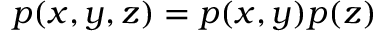
p ( x , y , z ) = p ( x , y ) p ( z )